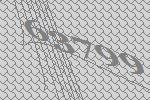
63799